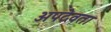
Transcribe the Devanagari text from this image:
अपदेवता